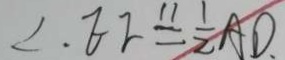
\angle E F \xlongequal { 1 1 } \frac { 1 } { 2 } A D .